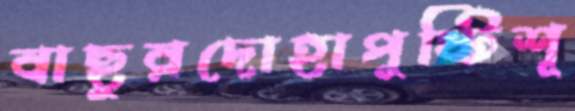
বাছুরদোহাপুষ্টিশূ